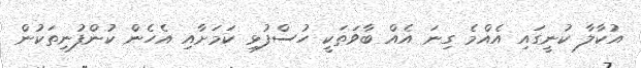
އުކާލާ ކުނީގައި އެއްމެ ގިނަ އެއް ބާވަތަކީ ހުސްފުޅި ކަމަށާއި އެހެން ކުންފުނިތަކުން